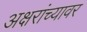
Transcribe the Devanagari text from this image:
अक्षरांच्यावर